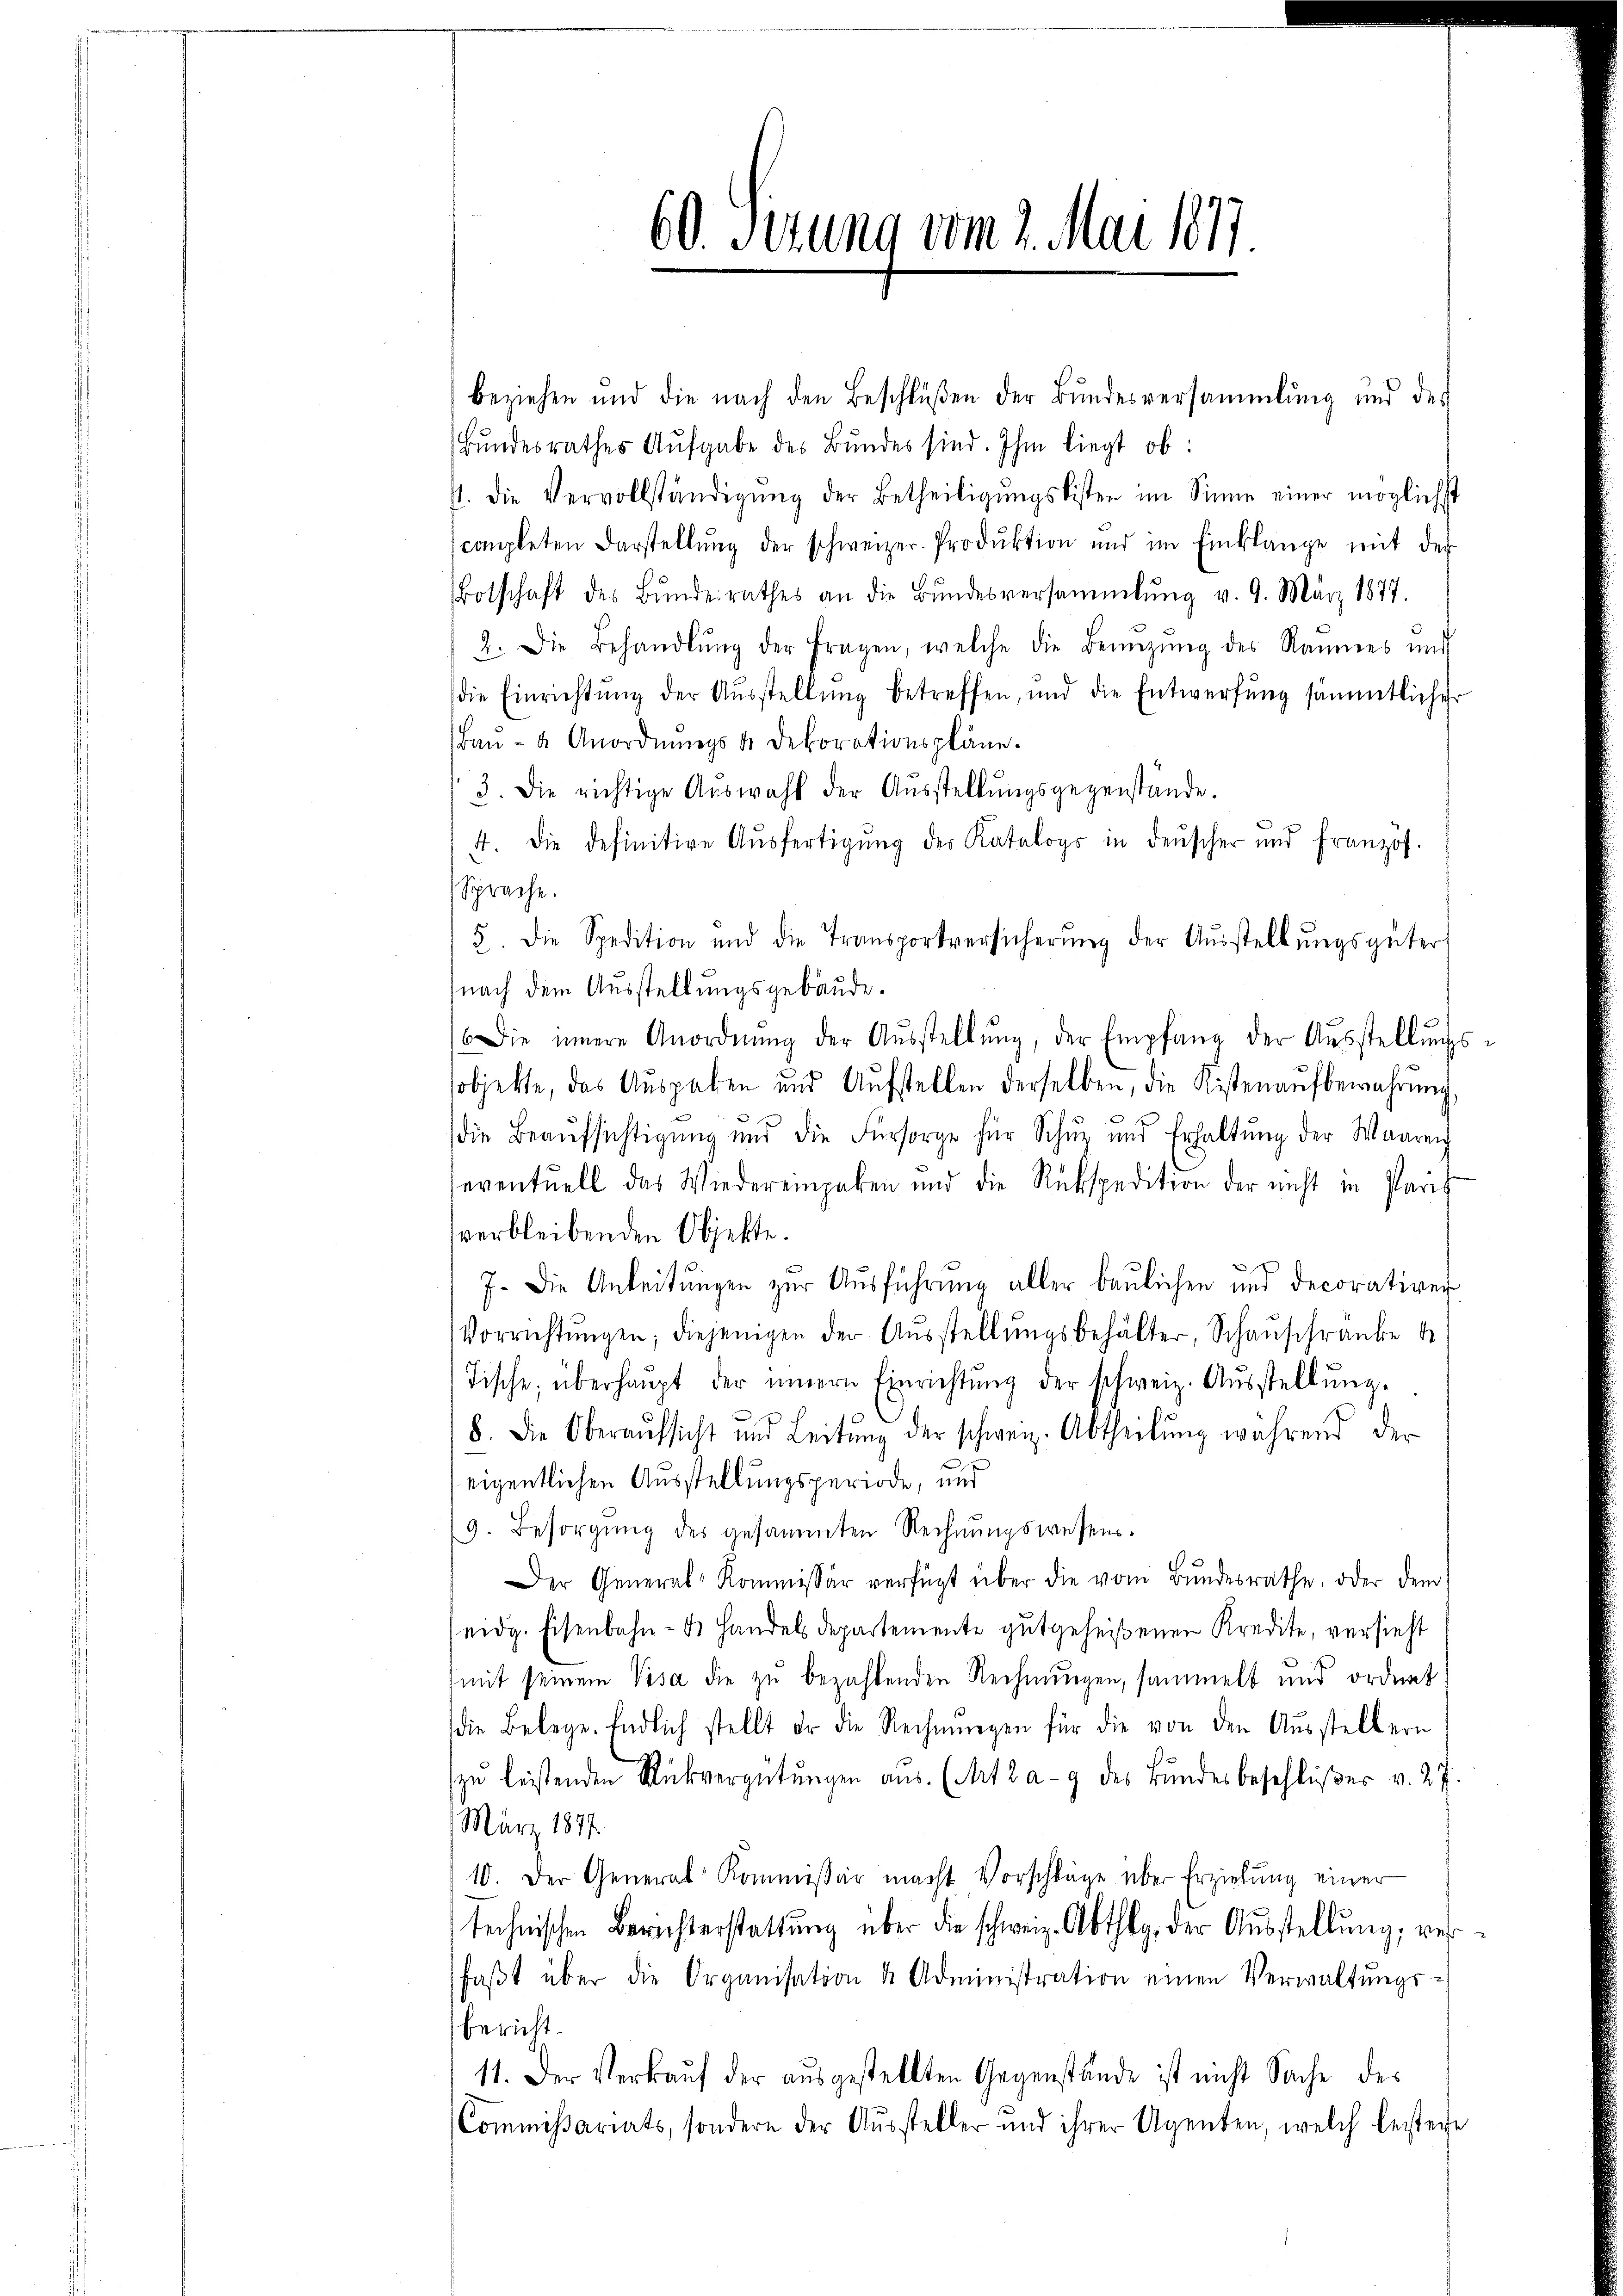
60. Jezung vom 2. Mai 1877.

beziehen und die nach den Beschlüßen der Bundesversammlung und des
Bŭndesrathes Aŭfgabe des Bŭndes sind. Ihm liegt ob:
st. Die Vervollständigŭng der Betheiligŭngskisten im Sinne einer möglichst
completen Darstellŭng der schweizer. Produktion und im Einklange mit der
Botschaft des Bŭndesrathes an die Bŭndesversammlung v. 9. März 1877.
2. Die Behandlŭng der fragen, welche die Benützŭng des Raumes und
die Einrichtung der Ausstellung betreffen, und die Entwerfung sämmtlicher
Baŭ- u Anordnŭngst Dekorationspläne.
3. Die richtige Aŭswahl der Aŭsstellŭngsgegenstände.
4. Die definitive Ausfertigung der Katalogs in denscher und französ.
Sprache.
5. Die Spedition und die Transportversicherŭng der Aŭsstellŭngsgüter-
nach dem Ausstellungsgebäude.
 Die innere Anordnŭng der Aŭsstellŭng, der Empfang der Aŭsstellŭngs-
sobjekte, das Ausgaben und Aufstellen derselben, die Kistenaufbewahrung
die Beaŭfsichtigŭng und die Fürsorge für Schŭp und Erhaltŭng der Waaren
eventuell das Wiedereingaben und die Rükspedition der nicht in Paris
verbleibenden Objekte.
.
7. Die Anleitŭngen zur Ausführung aller baulichen und Decorativer
Vorrichtŭngen; diejenigen der Aŭsstellŭngsbehälter, Schaŭschranke
Tische, überhaŭpt der innern Einrichtŭng der schweiz. Aŭsstellŭng.
8. Die Oberaŭfsicht und Leitŭng der schweiz. Abtheilŭng während der
eigentlichen Ausstellungsperiode, und
9. Besorgŭng des gesammten Rechnŭngswesens.
Der General-Kommissär verfügt über die vom Bundesrathe, oder dem
eidg. Eisenbahn- & Handels departemente gutgeheißenen Kredite, versieht
(mit seinem Visa die zu bezahlenden Rechnungen, sammelt und ordnet
die Belege. Endlich stellt er die Rechnŭngen für die von den Aŭsstellern
zŭ leistenden Rückvergütŭngen aus. (Art. 2 a - 9 des Bundesbeschlŭβer v. 27.
März 1897.
10. Der General Kommissär macht Vorschläge über Erziehung einer
technischen Berichterstattŭng über die schweiz. Abthlg, der Aŭsstellŭng, verfaβt über die Organisation & Administration einen Verwaltungs-
bericht.
11. Der Verkauf der ausgestellten Gegenstände ist nicht Sache des
Commißariats, sondern der Aussteller und ihrer Agenten, welch bestere